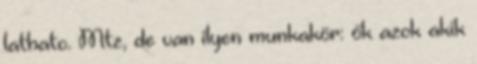
lathato. Mtz, de van ilyen munkakör: ők azok akik